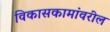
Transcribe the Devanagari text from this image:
विकासकामांवरील